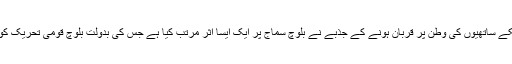
نواب اکبر خان شہید اور انکے ساتھیوں کی وطن پر قربان ہونے کے جذبے نے بلوچ سماج پر ایک ایسا اثر مرتب کیا ہے جس کی بدولت بلوچ قومی تحریک کو روکنا ناممکن ہوچکا ہے۔